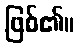
ဖြစ်၏။